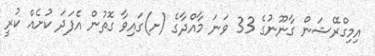
އިމިގްރޭޝަން ގާނޫނުގެ 33 ވަނަ މާއްދާގެ (ށ)ގައިވާ ގޮތުން އެފަދަ ކުށެއް ކުރީ